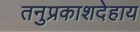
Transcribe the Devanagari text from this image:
तनुप्रकाशदेहाय